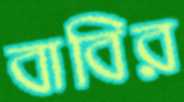
বাবির